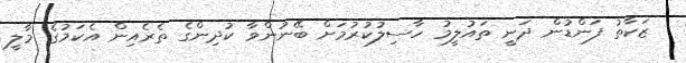
ޒަކާތު ފަންޑުން ދަނީ ތައުލީމު ހާސިލުކުރުމަށް ބޭނުންވާ ކުދިންގެ ތެރެއިން އެކަމުގެ މާލީ